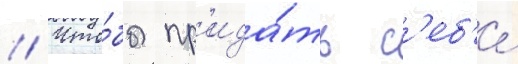
// Что́бы пр'ида́ть с'еб'е́